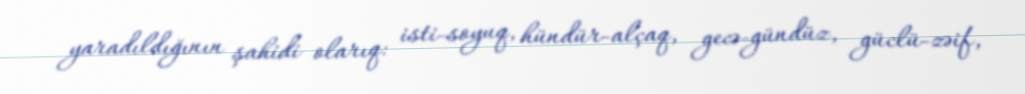
yaradıldığının şahidi olarıq: isti-soyuq, hündür-alçaq, gecə-gündüz, güclü-zəif,